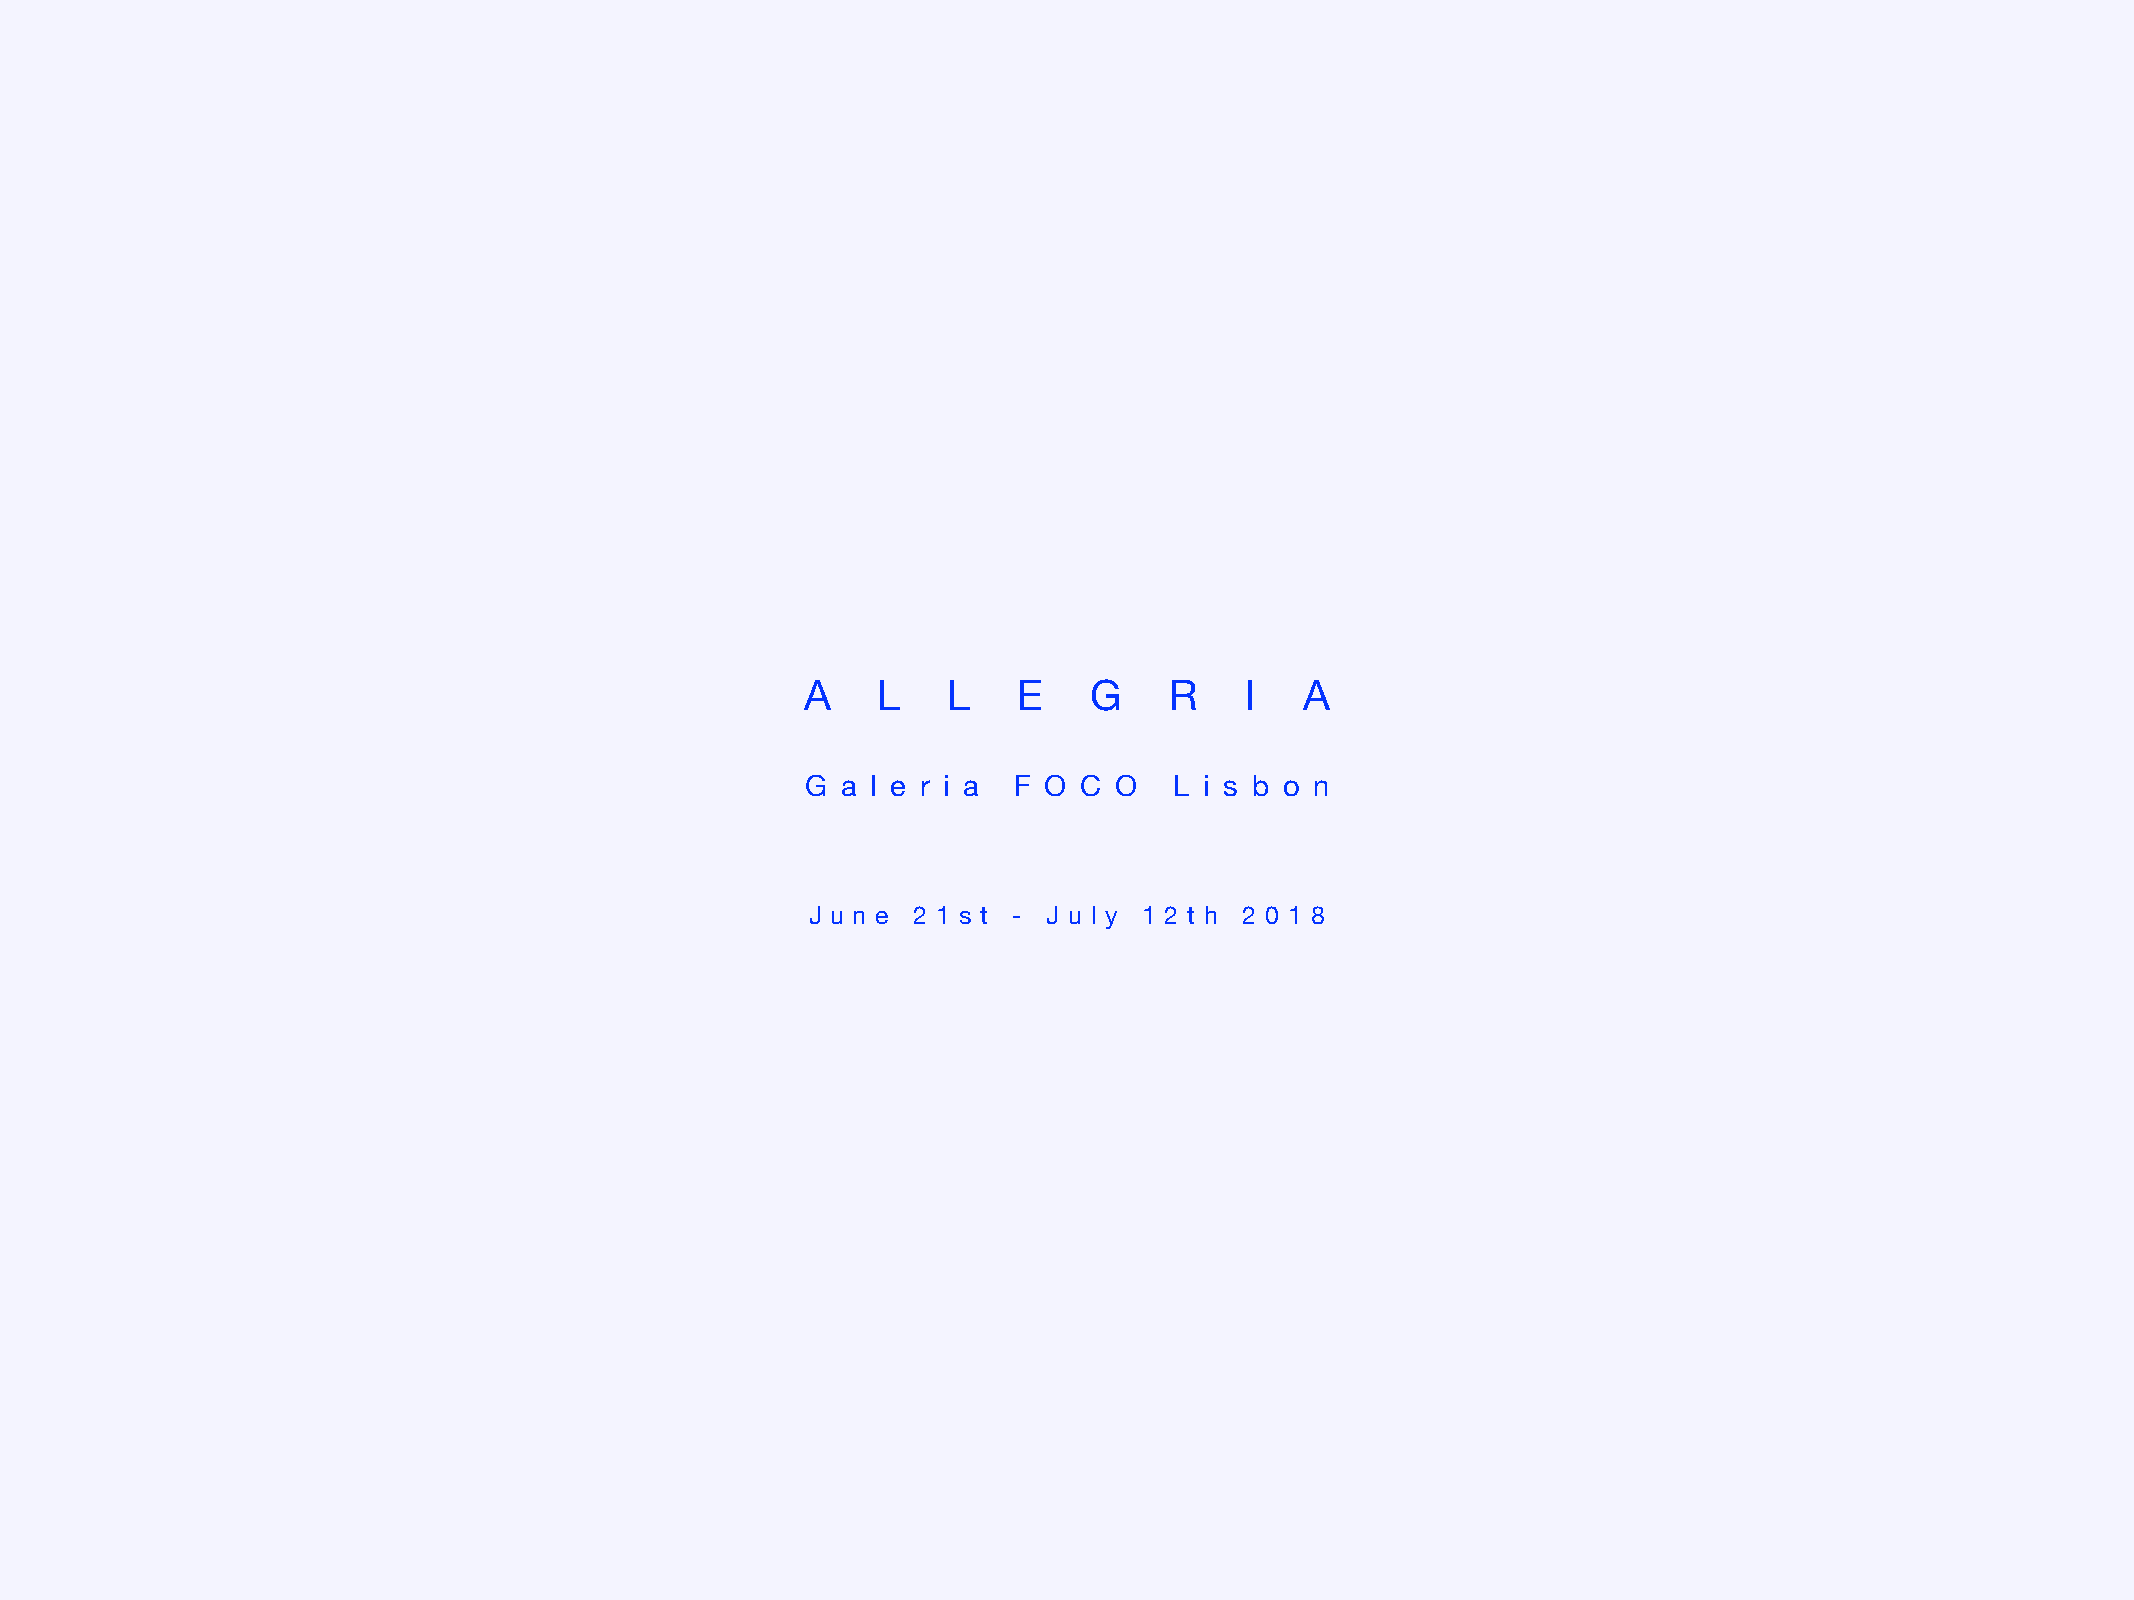
A    L    L   E    G    R    I   A
 G  a l e r i a F O C O   L i s b o n
 J u n e 2 1 s t - J u l y 1 2 t h 2 0 1 8